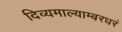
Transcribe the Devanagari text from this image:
दिव्यमाल्याम्बरधरं